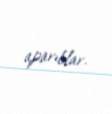
aparıblar.